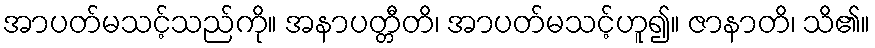
အာပတ်မသင့်သည်ကို။ အနာပတ္တီတိ၊ အာပတ်မသင့်ဟူ၍။ ဇာနာတိ၊ သိ၏။